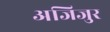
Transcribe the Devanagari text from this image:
अजिजुर